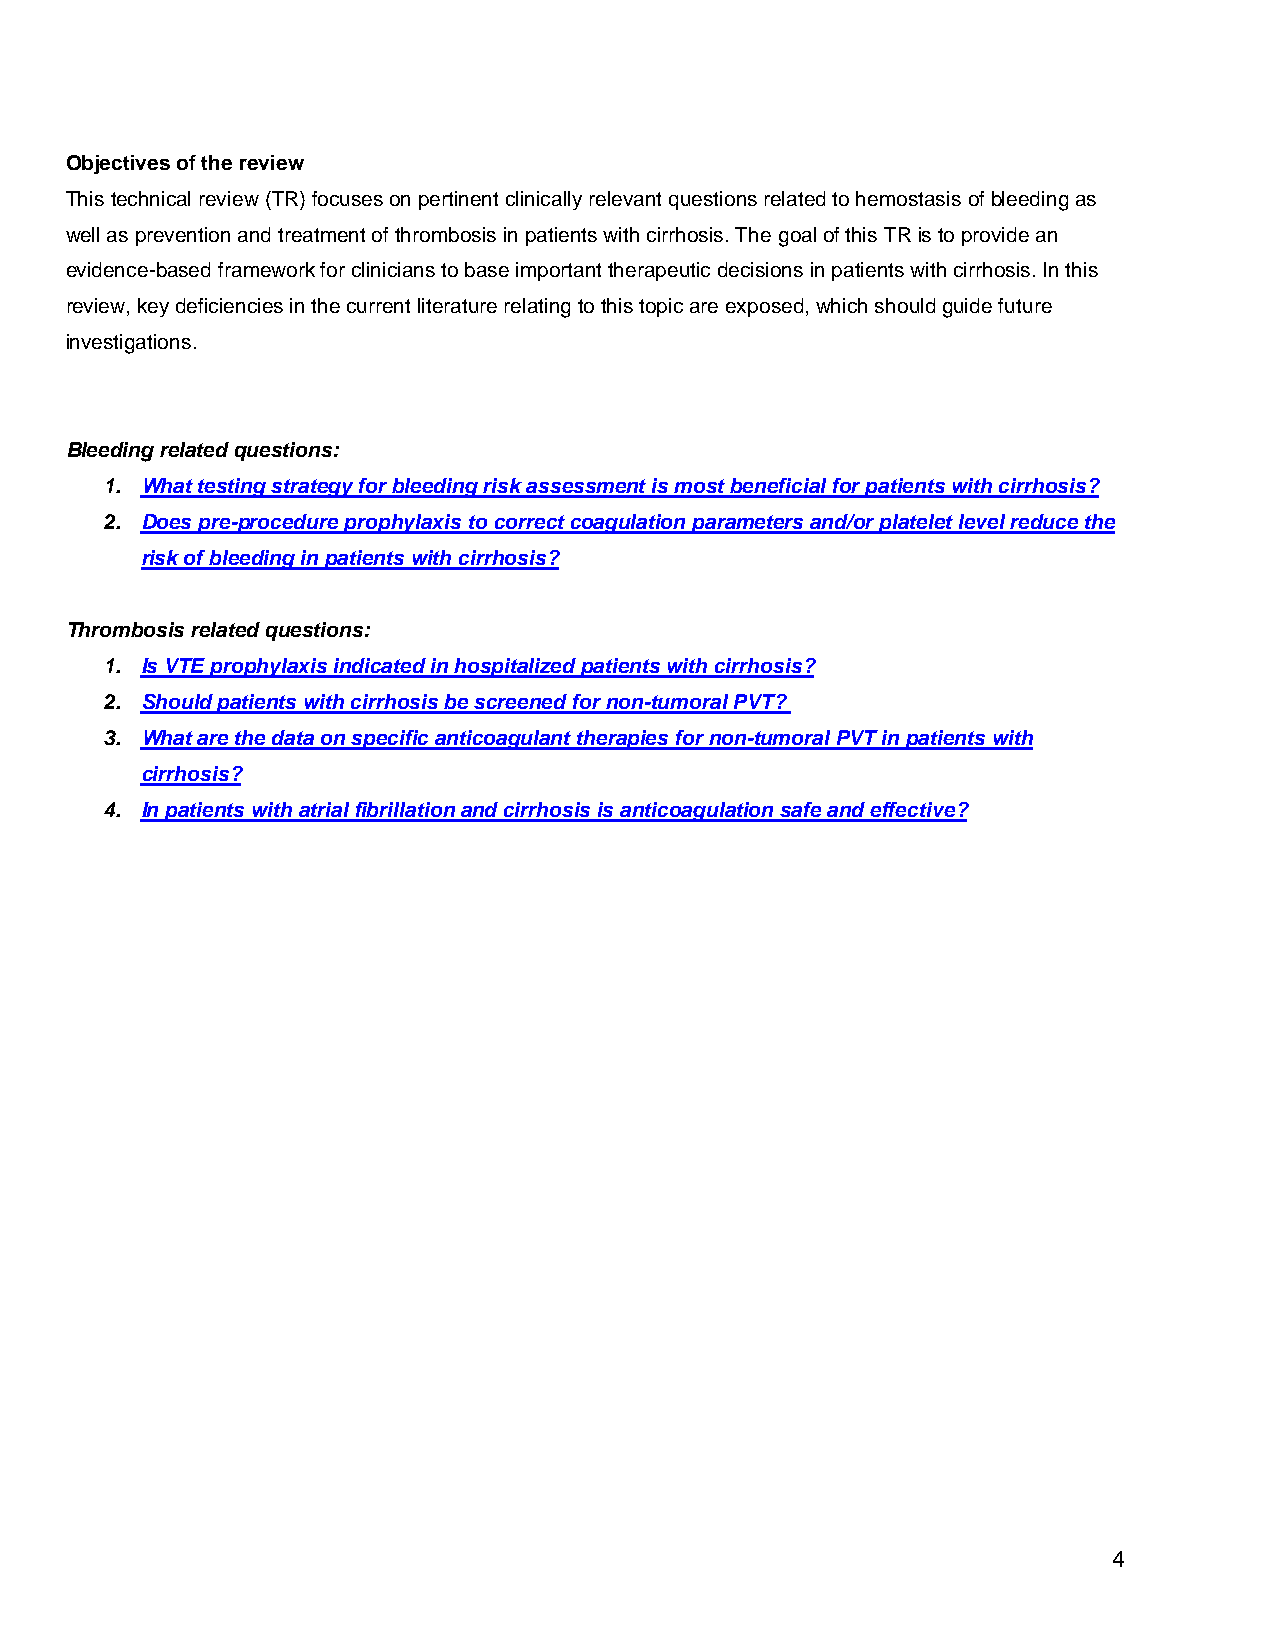
Objectives of the review
 This technical review (TR) focuses on pertinent clinically relevant questions related to hemostasis of bleeding as
 well as prevention and treatment of thrombosis in patients with cirrhosis. The goal of this TR is to provide an
 evidence-based framework for clinicians to base important therapeutic decisions in patients with cirrhosis. In this
 review, key deficiencies in the current literature relating to this topic are exposed, which should guide future
 investigations.
 Bleeding related questions:
 1. What testing strategy for bleeding risk assessment is most beneficial for patients with cirrhosis?
 2. Does pre-procedure prophylaxis to correct coagulation parameters and/or platelet level reduce the
 risk of bleeding in patients with cirrhosis?
 Thrombosis related questions:
 1. Is VTE prophylaxis indicated in hospitalized patients with cirrhosis?
 2. Should patients with cirrhosis be screened for non-tumoral PVT?
 3. What are the data on specific anticoagulant therapies for non-tumoral PVT in patients with
 cirrhosis?
 4. In patients with atrial fibrillation and cirrhosis is anticoagulation safe and effective?
 4